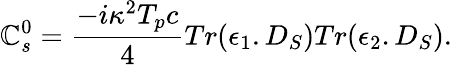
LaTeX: \mathbb{C}_{s}^{0}={\frac{{-i\kappa^{2}T_{p}c}}{{4}}}Tr(\epsilon_{1}.D_{S})Tr(\epsilon_{2}.D_{S}).